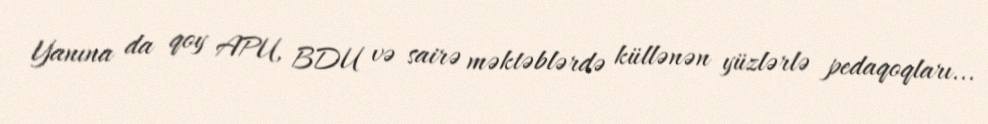
Yanına da qoy APU, BDU və sairə məktəblərdə küllənən yüzlərlə pedaqoqları...